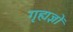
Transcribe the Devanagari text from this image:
गृह्यज्ञों